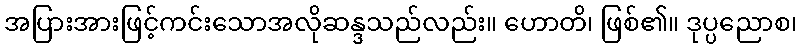
အပြားအားဖြင့်ကင်းသောအလိုဆန္ဒသည်လည်း။ ဟောတိ၊ ဖြစ်၏။ ဒုပ္ပညောစ၊